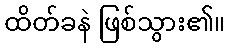
ထိတ်ခနဲ ဖြစ်သွား၏။